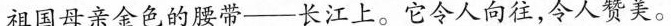
祖国母亲金色的腰带——长江上。它令人向往，令人赞美。